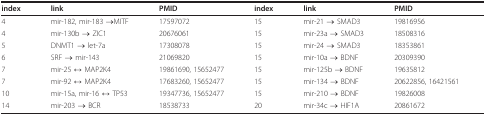
<table><thead><tr><td><b>index</b></td><td><b>link</b></td><td><b>PMID</b></td><td><b>index</b></td><td><b>link</b></td><td><b>PMID</b></td></tr></thead><tbody><tr><td>4</td><td>mir-182, mir-183 →MITF</td><td>17597072</td><td>15</td><td>mir-21 → SMAD3</td><td>19816956</td></tr><tr><td>4</td><td>mir-130b → ZIC1</td><td>20676061</td><td>15</td><td>mir-23a → SMAD3</td><td>18508316</td></tr><tr><td>5</td><td>DNMT1 → let-7a</td><td>17308078</td><td>15</td><td>mir-24 → SMAD3</td><td>18353861</td></tr><tr><td>6</td><td>SRF → mir-143</td><td>21069820</td><td>15</td><td>mir-10a → BDNF</td><td>20309390</td></tr><tr><td>7</td><td>mir-25 ↔ MAP2K4</td><td>19861690, 15652477</td><td>15</td><td>mir-125b → BDNF</td><td>19635812</td></tr><tr><td>7</td><td>mir-92 ↔ MAP2K4</td><td>17683260, 15652477</td><td>15</td><td>mir-134 → BDNF</td><td>20622856, 16421561</td></tr><tr><td>10</td><td>mir-15a, mir-16 ↔ TP53</td><td>19347736, 15652477</td><td>15</td><td>mir-210 → BDNF</td><td>19826008</td></tr><tr><td>14</td><td>mir-203 → BCR</td><td>18538733</td><td>20</td><td>mir-34c → HIF1A</td><td>20861672</td></tr></tbody></table>